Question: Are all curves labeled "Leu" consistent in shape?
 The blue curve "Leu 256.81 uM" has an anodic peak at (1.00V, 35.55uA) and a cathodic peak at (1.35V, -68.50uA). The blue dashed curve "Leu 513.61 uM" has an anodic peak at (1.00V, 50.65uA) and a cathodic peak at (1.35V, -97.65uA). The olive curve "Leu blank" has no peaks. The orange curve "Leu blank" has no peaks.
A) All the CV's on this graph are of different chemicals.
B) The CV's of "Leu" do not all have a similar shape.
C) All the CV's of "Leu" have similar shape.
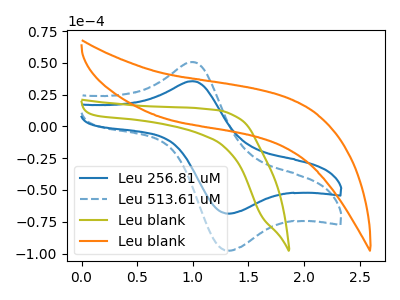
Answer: <think>All the peaks in "Leu 256.81 uM" have a peak in "Leu 513.61 uM" at the same potential. Every peak in "Leu 256.81 uM" is lower than every peak in "Leu 513.61 uM". "Leu 256.81 uM" and "Leu blank" have a different number of peaks. "Leu 256.81 uM" and "Leu blank" have a different number of peaks. "Leu 513.61 uM" and "Leu blank" have a different number of peaks. "Leu 513.61 uM" and "Leu blank" have a different number of peaks. Neither "Leu blank" or "Leu blank" have any peaks.
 </think>
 <answer>C) All the CV's of "Leu" have similar shape.</answer>
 <eval>C</eval>